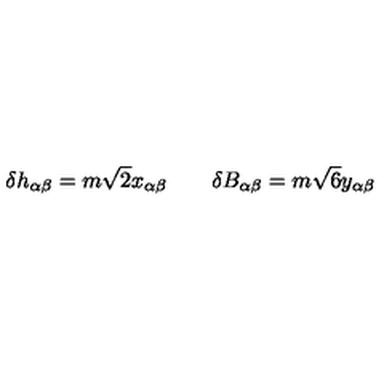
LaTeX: \delta h _ { \alpha \beta } = m \sqrt { 2 } x _ { \alpha \beta } \qquad \delta B _ { \alpha \beta } = m \sqrt { 6 } y _ { \alpha \beta }